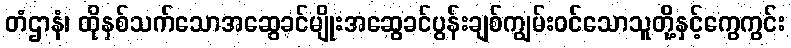
တံဌာနံ၊ ထိုနှစ်သက်သောအဆွေခင်မျိုးအဆွေခင်ပွန်းချစ်ကျွမ်းဝင်သောသူတို့နှင့်ကွေကွင်း